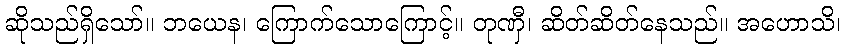
ဆိုသည်ရှိသော်။ ဘယေန၊ ကြောက်သောကြောင့်။ တုဏှီ၊ ဆိတ်ဆိတ်နေသည်။ အဟောသိ၊